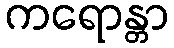
ကရောန္တာ